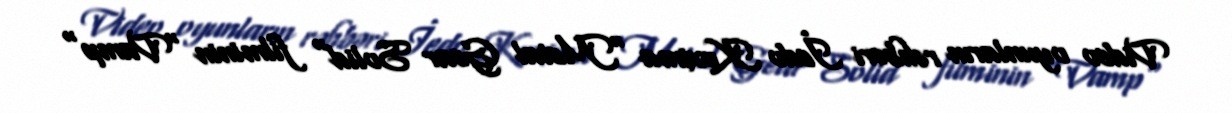
Video oyunların rəhbəri İedo Koxima "Metal Gear Solid" filminin "Vamp"